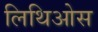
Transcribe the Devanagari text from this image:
लिथिओस